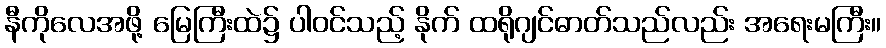
နီကိုလေအဖို့ မြေကြီးထဲ၌ ပါဝင်သည့် နိုက် ထရိုဂျင်ဓာတ်သည်လည်း အရေးမကြီး။